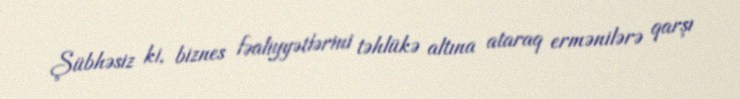
Şübhəsiz ki, biznes fəaliyyətlərini təhlükə altına ataraq ermənilərə qarşı